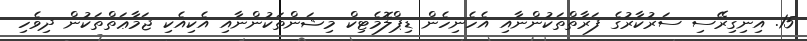
15. އިނިގިރޭސި ސަރުކާރުގެ ފަރާތްތަކުންނާއި އެހެނިހެން ޑިޕްލޮމެޓިކް މިޝަންތަކުންނާއި އެކިއެކި ޖަމާޢަތްތަކުން ދިވެހި